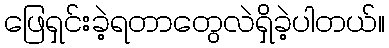
ဖြေရှင်းခဲ့ရတာတွေလဲရှိခဲ့ပါတယ်။